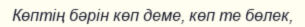
Көптің бәрін көп деме, көп те бөлек,